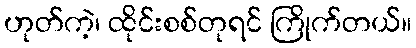
ဟုတ်ကဲ့၊ ထိုင်းစစ်တုရင် ကြိုက်တယ်။